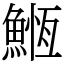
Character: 䱭